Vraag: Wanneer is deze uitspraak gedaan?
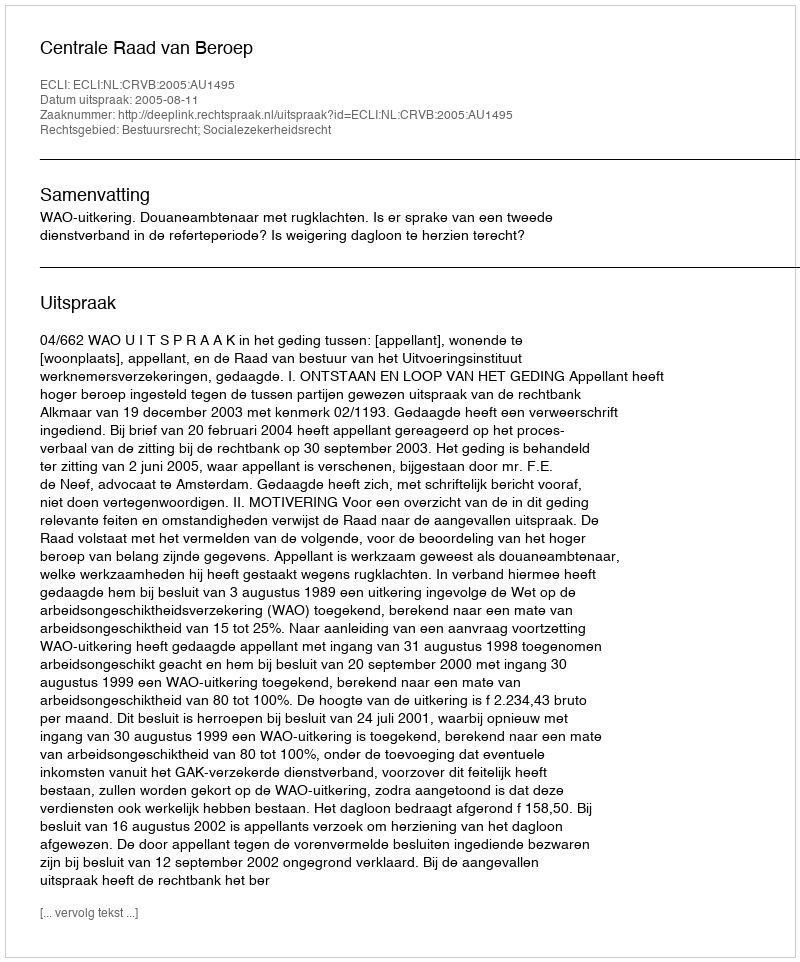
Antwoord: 2005-08-11